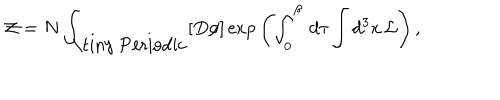
{ \cal Z } = N \int _ { \mathrm { \tiny ~ P e r i o d i c } } [ D \phi ] \exp { \left( \int _ { 0 } ^ { \beta } \, d \tau \int d ^ { 3 } x \, { \cal L } \right) } \, ,